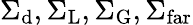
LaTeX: \Sigma_{\mathrm{d}},\Sigma_{\mathrm{L}},\Sigma_{\mathrm{G}},\Sigma_{\mathrm{far}}